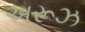
અરૂઝ